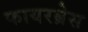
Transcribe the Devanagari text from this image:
फायरब्रेस